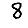
Digit: 8